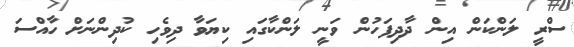
ސްރީ ލަންކަން އިން ދާދިފަހުން ވަނީ ލަންކާގައި ކިޔަވާ ދިވެހި ކުދިންނަށް ހާއްސަ